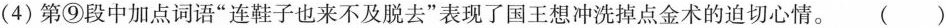
(4)第⑨段中加点词语”连鞋子也来不及脱去”表现了国王想冲洗掉点金术的迫切心情。()